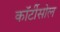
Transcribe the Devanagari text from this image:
कॉर्टीसोल